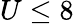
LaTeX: U\leq 8